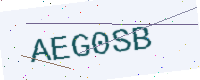
Text: AEG0SB